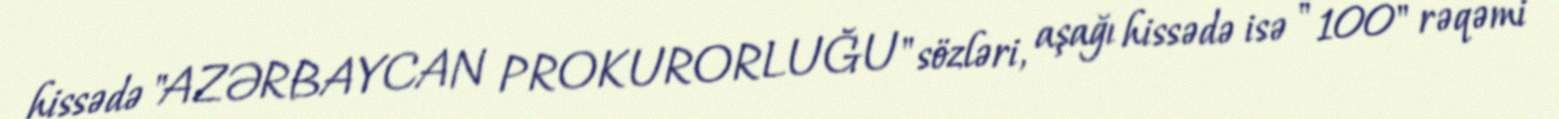
hissədə "AZƏRBAYCAN PROKURORLUĞU" sözləri, aşağı hissədə isə " 100" rəqəmi